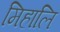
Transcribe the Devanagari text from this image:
मिहालि